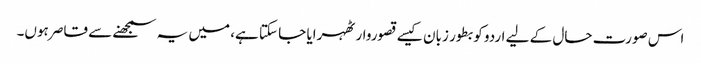
اس صورت حال کے لیے اردو کو بطور زبان کیسے قصوروار ٹھہرایا جا سکتا ہے، میں یہ سمجھنے سے قاصر ہوں۔